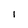
Character: 1